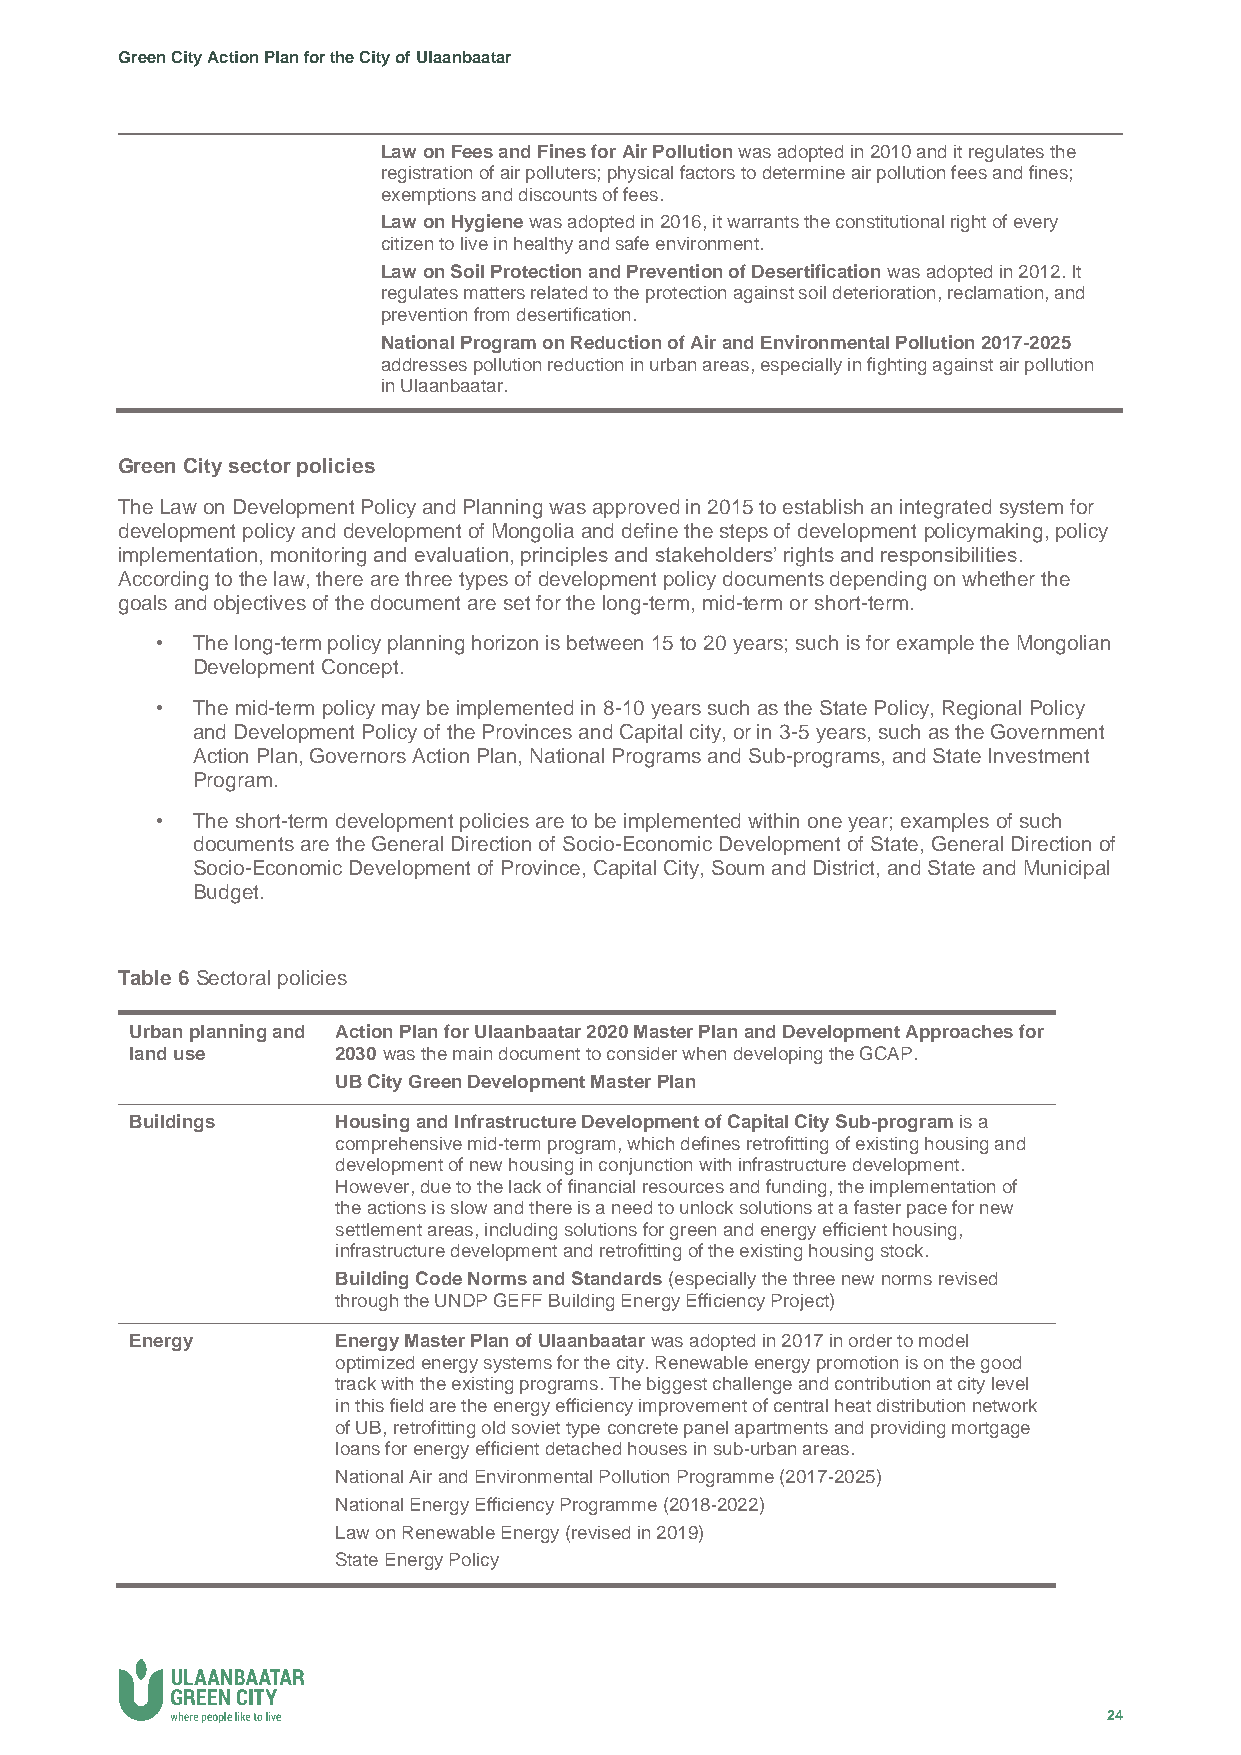
Green City Action Plan for the City of Ulaanbaatar
 Law on Fees and Fines for Air Pollution was adopted in 2010 and it regulates the
 registration of air polluters; physical factors to determine air pollution fees and fines;
 exemptions and discounts of fees.
 Law on Hygiene was adopted in 2016, it warrants the constitutional right of every
 citizen to live in healthy and safe environment.
 Law on Soil Protection and Prevention of Desertification was adopted in 2012. It
 regulates matters related to the protection against soil deterioration, reclamation, and
 prevention from desertification.
 National Program on Reduction of Air and Environmental Pollution 2017-2025
 addresses pollution reduction in urban areas, especially in fighting against air pollution
 in Ulaanbaatar.
 Green City sector policies
 The Law on Development Policy and Planning was approved in 2015 to establish an integrated system for
 development policy and development of Mongolia and define the steps of development policymaking, policy
 implementation, monitoring and evaluation, principles and stakeholders’ rights and responsibilities.
 According to the law, there are three types of development policy documents depending on whether the
 goals and objectives of the document are set for the long-term, mid-term or short-term.
 •  The long-term policy planning horizon is between 15 to 20 years; such is for example the Mongolian
 Development Concept.
 •  The mid-term policy may be implemented in 8-10 years such as the State Policy, Regional Policy
 and Development Policy of the Provinces and Capital city, or in 3-5 years, such as the Government
 Action Plan, Governors Action Plan, National Programs and Sub-programs, and State Investment
 Program.
 •  The short-term development policies are to be implemented within one year; examples of such
 documents are the General Direction of Socio-Economic Development of State, General Direction of
 Socio-Economic Development of Province, Capital City, Soum and District, and State and Municipal
 Budget.
 Table 6 Sectoral policies
 Urban planning and Action Plan for Ulaanbaatar 2020 Master Plan and Development Approaches for
 land use     2030 was the main document to consider when developing the GCAP.
 UB City Green Development Master Plan
 Buildings    Housing and Infrastructure Development of Capital City Sub-program is a
 comprehensive mid-term program, which defines retrofitting of existing housing and
 development of new housing in conjunction with infrastructure development.
 However, due to the lack of financial resources and funding, the implementation of
 the actions is slow and there is a need to unlock solutions at a faster pace for new
 settlement areas, including solutions for green and energy efficient housing,
 infrastructure development and retrofitting of the existing housing stock.
 Building Code Norms and Standards (especially the three new norms revised
 through the UNDP GEFF Building Energy Efficiency Project)
 Energy       Energy Master Plan of Ulaanbaatar was adopted in 2017 in order to model
 optimized energy systems for the city. Renewable energy promotion is on the good
 track with the existing programs. The biggest challenge and contribution at city level
 in this field are the energy efficiency improvement of central heat distribution network
 of UB, retrofitting old soviet type concrete panel apartments and providing mortgage
 loans for energy efficient detached houses in sub-urban areas.
 National Air and Environmental Pollution Programme (2017-2025)
 National Energy Efficiency Programme (2018-2022)
 Law on Renewable Energy (revised in 2019)
 State Energy Policy
 24